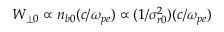
W _ { \perp 0 } \propto n _ { b 0 } ( c / \omega _ { p e } ) \propto ( 1 / \sigma _ { r 0 } ^ { 2 } ) ( c / \omega _ { p e } )